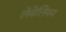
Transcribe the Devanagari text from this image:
लेवेलियन